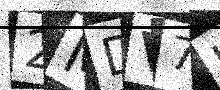
Text: 2MDV7J